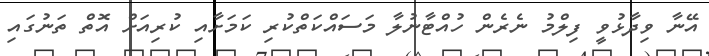
އޭނާ ވިދާޅުވީ ފިލްމު ނެރެން ހުއްޓާނުލާ މަސައްކަތްކުރި ކަމަށާއި ކުރިއަށް އޮތް ތަނުގައި